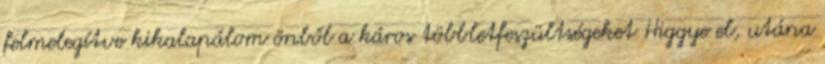
felmelegítve kikalapálom önből a káros többletfeszültségeket Higgye el, utána